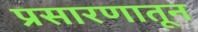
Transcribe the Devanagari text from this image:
प्रसारणातून